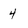
Character: 4